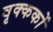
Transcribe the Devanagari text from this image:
वृक्ककों